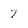
Character: 7